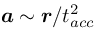
{ \mathbfit { a } } \sim { \mathbfit { r } } / t _ { a c c } ^ { 2 }